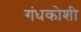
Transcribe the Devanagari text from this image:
गंधकोशी